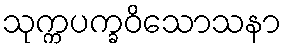
သုက္ကပက္ခဝိသောသနာ